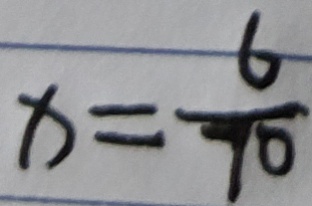
x = \frac { 6 } { 7 0 }